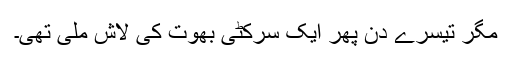
مگر تیسرے دن پھر ایک سرکٹی بھوت کی لاش ملی تھی۔